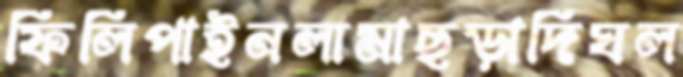
ফিলিপাইনলামাছড়াদিঘল